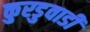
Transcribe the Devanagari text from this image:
कुरडुवाडी